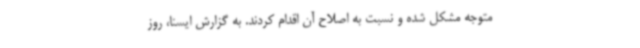
متوجه مشکل شده و نسبت به اصلاح آن اقدام کردند. به گزارش ایسنا، روز